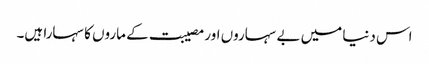
اس دنیا میں بے سہاروں اور مصیبت کے ماروں کا سہارا ہیں۔